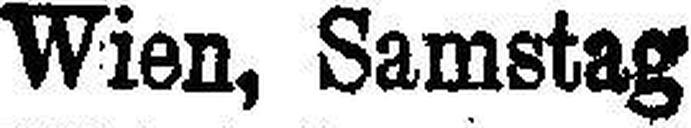
Wien, Samstag